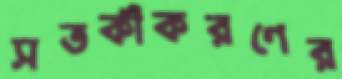
সতর্কীকরণের